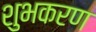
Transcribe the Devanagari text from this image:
शुभकरण